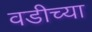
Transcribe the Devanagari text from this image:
वडीच्या